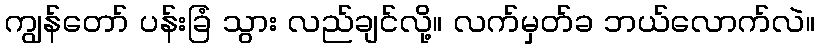
ကျွန်တော် ပန်းခြံ သွား လည်ချင်လို့။ လက်မှတ်ခ ဘယ်လောက်လဲ။